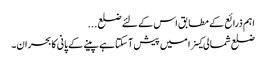
اہم ذرائع کے مطابق اس کے لئے ضلع ...
ضلع شمالی کینرا میں پیش آ سکتا ہے پینے کے پانی کابحران۔